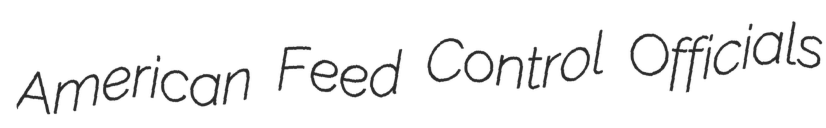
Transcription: American Feed Control Officials